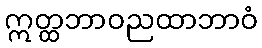
ဣတ္ထဘာဝညထာဘာဝံ